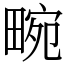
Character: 畹